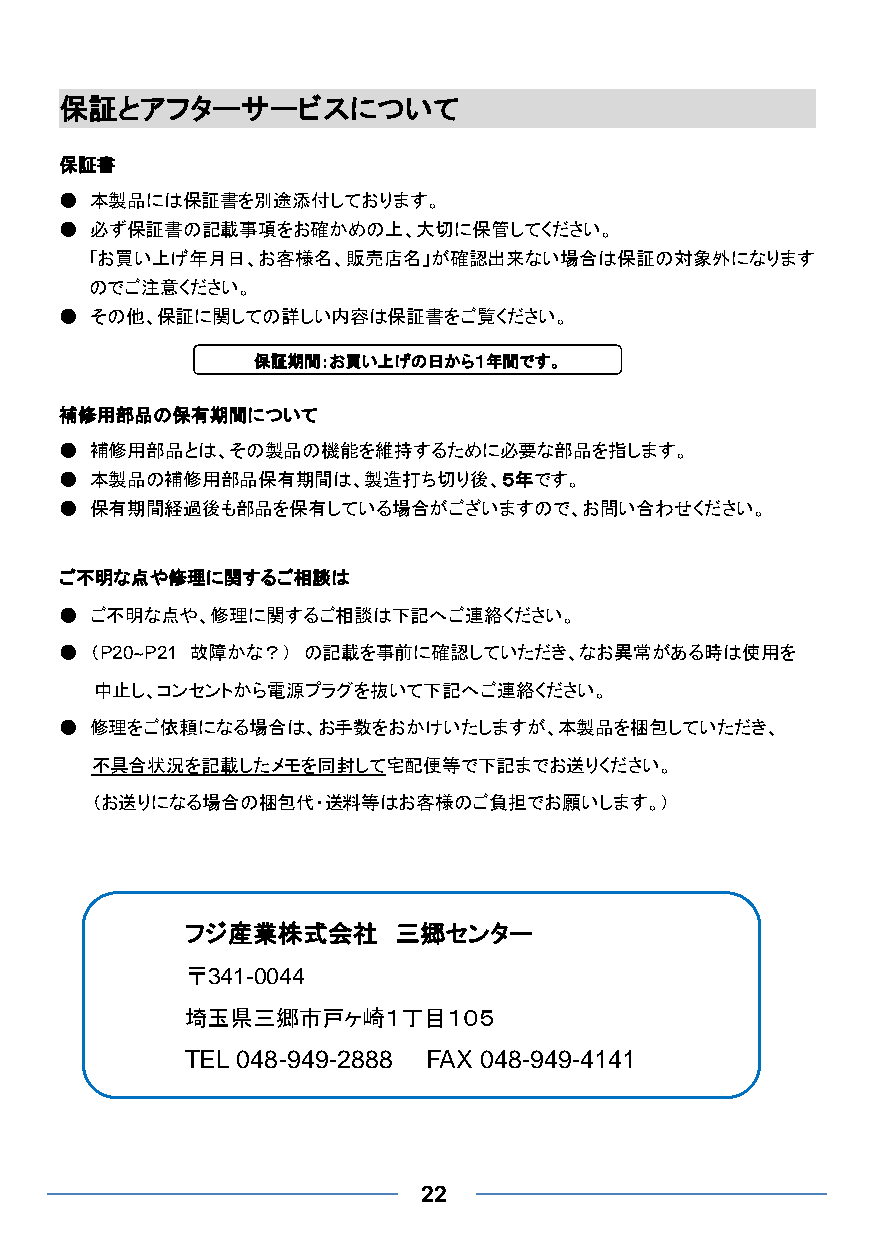
保証とアフターサービスについて
 保証書
 ● 本製品には保証書を別途添付しております。
 ● 必ず保証書の記載事項をお確かめの上、大切に保管してください。
 「お買い上げ年月日、お客様名、販売店名」が確認出来ない場合は保証の対象外になります
 のでご注意ください。
 ● その他、保証に関しての詳しい内容は保証書をご覧ください。
 保証期間：お買い上げの日から１年間です。
 補修用部品の保有期間について
 ● 補修用部品とは、その製品の機能を維持するために必要な部品を指します。
 ● 本製品の補修用部品保有期間は、製造打ち切り後、５年です。
 ● 保有期間経過後も部品を保有している場合がございますので、お問い合わせください。
 ご不明な点や修理に関するご相談は
 ● ご不明な点や、修理に関するご相談は下記へご連絡ください。
 ● （P20~P21 故障かな？） の記載を事前に確認していただき、なお異常がある時は使用を
 中止し、コンセントから電源プラグを抜いて下記へご連絡ください。
 ● 修理をご依頼になる場合は、お手数をおかけいたしますが、本製品を梱包していただき、
 不具合状況を記載したメモを同封して宅配便等で下記までお送りください。
 （お送りになる場合の梱包代・送料等はお客様のご負担でお願いします。）
 フジ産業株式会社      三郷センター
 〒341-0044
 埼玉県三郷市戸ヶ崎１丁目１０５
 TEL 048-949-2888 FAX 048-949-4141
 22